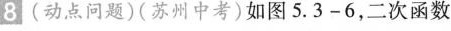
8(动点问题)(苏州中考)如图5.3-6，二次函数